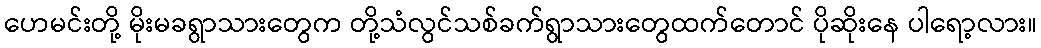
ဟေမင်းတို့ မိုးမခရွာသားတွေက တို့သံလွင်သစ်ခက်ရွာသားတွေထက်တောင် ပိုဆိုးနေ ပါရော့လား။